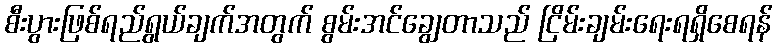
စီးပွားဖြစ်ရည်ရွယ်ချက်အတွက် စွမ်းအင်ချွေတာသည် ငြိမ်းချမ်းရေးရရှိစေရန်